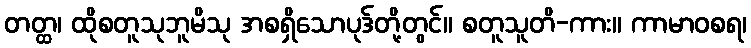
တတ္ထ၊ ထိုစတူသုဘူမိသု အစရှိသောပုဒ်တို့တွင်။ စတူသူတိ-ကား။ ကာမာဝစရ၊